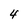
Character: 4